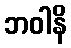
ဘဝါနိ